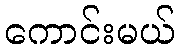
ကောင်းမယ်